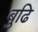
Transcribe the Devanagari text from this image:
बुढि